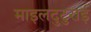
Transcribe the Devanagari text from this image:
माइलदुटुराई